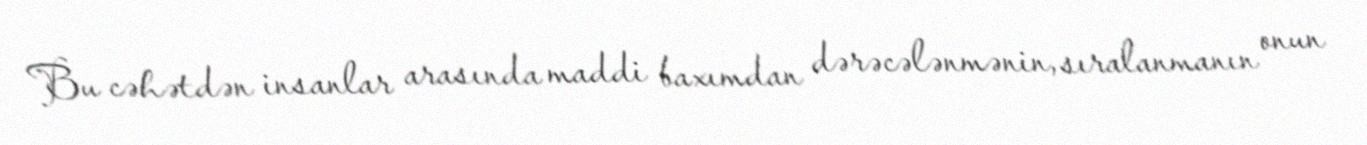
Bu cəhətdən insanlar arasında maddi baxımdan dərəcələnmənin, sıralanmanın onun